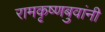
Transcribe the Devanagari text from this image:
रामकृष्णबुवांनी